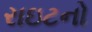
રાઇટનો